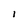
Character: l